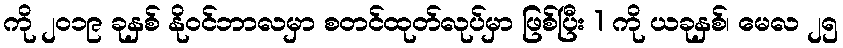
ကို ၂၀၁၉ ခုနှစ် နိုဝင်ဘာလမှာ စတင်ထုတ်လုပ်မှာ ဖြစ်ပြီး 1 ကို ယခုနှစ်၊ မေလ ၂၅